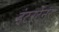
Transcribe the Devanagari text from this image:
इंटरटेनर